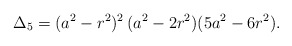
\begin{align*}\Delta_{5}=(a^2- r^2)^2\,(a^2-2 r^2) (5 a^2-6 r^2).\end{align*}